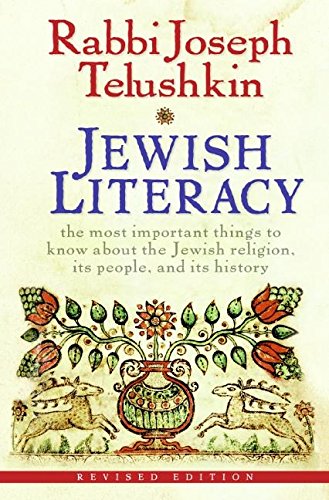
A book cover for Jewish Literacy Revised Ed: The Most Important Things to Know About the Jewish Religion, Its People, and Its History; Joseph Telushkin; History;